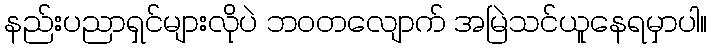
နည်းပညာရှင်များလိုပဲ ဘဝတလျောက် အမြဲသင်ယူနေရမှာပါ။